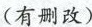
（有删改）